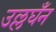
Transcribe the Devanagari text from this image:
उल्लघँन